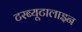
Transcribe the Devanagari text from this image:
टरब्यूटालाइन